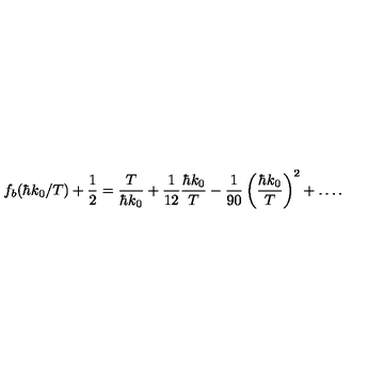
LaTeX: f _ { b } ( \hbar k _ { 0 } / T ) + \frac { 1 } { 2 } = \frac { T } { \hbar k _ { 0 } } + \frac { 1 } { 1 2 } \frac { \hbar k _ { 0 } } { T } - \frac { 1 } { 9 0 } \left( \frac { \hbar k _ { 0 } } { T } \right) ^ { 2 } + \ldots .